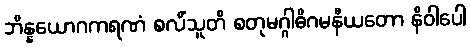
ဘိန္နယောဂကရဏံ စလိံသူတိ စတုမဂ္ဂါဓိဂမနီယတော နိဝါပေါ